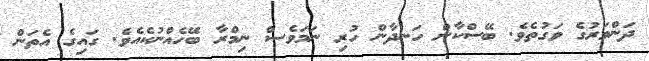
ދަންވަރުގެ ވަގުތެވެ. ބޭސްކާން ހަނދާން ހުރި ނަމަވެސް ނިމްރާ ބޭހެއްނުކެއެވެ. ގައިގެ އެތަން